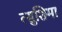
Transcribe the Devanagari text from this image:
त्सुशिमा